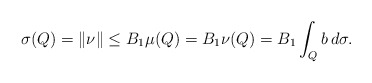
\begin{align*}\sigma(Q) = \|\nu\| \le B_1\mu(Q) = B_1 \nu(Q) = B_1 \int_Q b \,d\sigma.\end{align*}